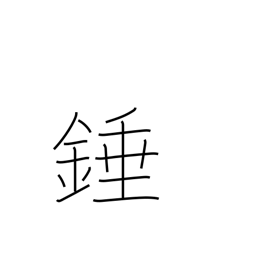
Meaning: plumb bob